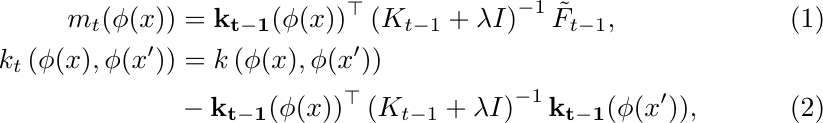
    \begin{align}
    \label{equ_post_mean}
    m_t(\phi(x)) &= \mathbf{k_{t-1}}(\phi(x))^{\top} \left(K_{t-1}+ \lambda I \right)^{-1} \tilde F_{t-1},\\
    \nonumber k_t \left(\phi(x), \phi(x^{\prime})\right) &= k\left(\phi(x), \phi(x^{\prime})\right) \\
    \label{equ_post_cov}& -\mathbf{k_{t-1}}(\phi(x))^{\top} \left(K_{t-1}+ \lambda I \right)^{-1}\mathbf{k_{t-1}}(\phi(x^{\prime})),
    \end{align}